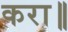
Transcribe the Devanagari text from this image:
करा॥